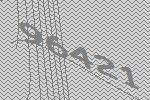
96421